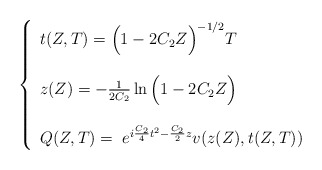
\begin{align*}\left\{\begin{array}{l}t(Z,T)=\Big(1-2C_2Z\Big)^{-1/2}T\\\\z(Z)=-\frac{1}{2C_2}\ln\Big(1-2C_2Z\Big)\\\\Q(Z,T)=\;e^{i\frac{C_2}{4}t^2-\frac{C_2}{2}z}v(z(Z),t(Z,T))\\\end{array}\right.\end{align*}